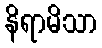
နိရာမိသာ